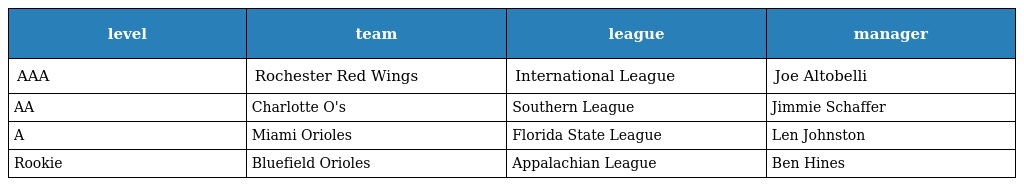
| level | team | league | manager |
 | --- | --- | --- | --- |
 | AAA | Rochester Red Wings | International League | Joe Altobelli |
 | AA | Charlotte O's | Southern League | Jimmie Schaffer |
 | A | Miami Orioles | Florida State League | Len Johnston |
 | Rookie | Bluefield Orioles | Appalachian League | Ben Hines |